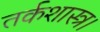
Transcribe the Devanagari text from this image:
तर्कशास्त्र।